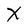
Character: X